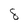
Character: 8